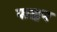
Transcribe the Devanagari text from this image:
पाश्चन